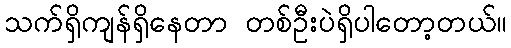
သက်ရှိကျန်ရှိနေတာ တစ်ဦးပဲရှိပါတော့တယ်။